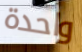
واحدة